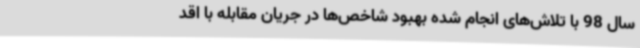
سال 98 با تلاش‌های انجام شده بهبود شاخص‌ها در جریان مقابله با اقد